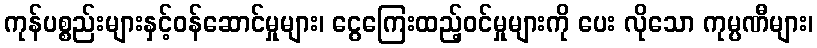
ကုန်ပစ္စည်းများနှင့်ဝန်ဆောင်မှုများ၊ ငွေကြေးထည့်ဝင်မှုများကို ပေး လိုသော ကုမ္ပဏီများ၊